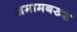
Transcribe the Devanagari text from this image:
अमामबख्श